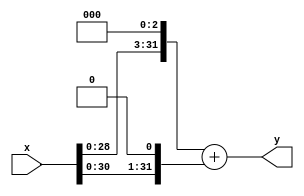
`timescale 1ns / 100ps
`default_nettype none

module mul10 (x, y);
    input wire [31:0] x;
    output [31:0] y;

    wire [31:0] y;

    assign y = {x[28:0], 3'b0} + {x[30:0], 1'b0};
endmodule

module div10 (x, y);
    input wire [31:0] x;
    output [31:0] y;

    wire [31:0] y;
    wire [63:0] z;

    localparam multiplier = 32'hCCCCCCCD;

    assign z = x * multiplier;
    assign y = {3'b0, z[63:35]};
endmodule

module misc (a, b, control, result);
    input wire [31:0] a, b;
    input wire [2:0] control;
    output [31:0] result;

    wire [31:0] mul10res, div10res;
    wire [31:0] result;

    mul10 mul10_0(a, mul10res);
    div10 div10_0(a, div10res);
    assign result =
        control == 3'h0 ? mul10res
      : control == 3'h1 ? div10res
                        : a ^ b;
endmodule